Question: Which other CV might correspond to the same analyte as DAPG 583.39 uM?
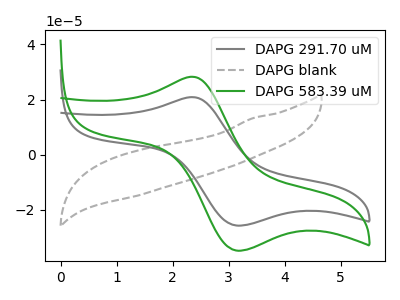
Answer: <think>The gray curve "DAPG 291.70 uM" has an anodic peak at (2.35V, 20.85uA) and a cathodic peak at (3.15V, -25.70uA). The gray dashed curve "DAPG blank" has no peaks. The green curve "DAPG 583.39 uM" has an anodic peak at (2.35V, 28.25uA) and a cathodic peak at (3.15V, -34.75uA).
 "DAPG 291.70 uM" and "DAPG blank" have a different number of peaks. All the peaks in "DAPG 291.70 uM" have a peak in "DAPG 583.39 uM" at the same potential. Every peak in "DAPG 291.70 uM" is lower than every peak in "DAPG 583.39 uM". "DAPG blank" and "DAPG 583.39 uM" have a different number of peaks.</think>
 <answer>The CV with the most similar shape to "DAPG 291.70 uM" is "DAPG 583.39 uM".</answer>
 <eval>"DAPG 583.39 uM"</eval>